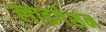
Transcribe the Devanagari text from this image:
लाइगेशन